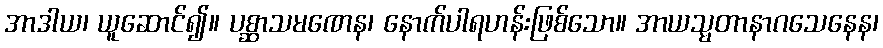
အာဒါယ၊ ယူဆောင်၍။ ပစ္ဆာသမဏေန၊ နောက်ပါရဟန်းဖြစ်သော။ အာယသ္မတာနာဂသေနေန၊